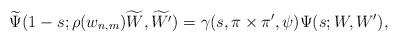
LaTeX: \begin{align*}\widetilde{\Psi}(1-s; \rho(w_{n, m})\widetilde{W}, \widetilde{W^\prime}) = \gamma(s, \pi \times \pi^\prime, \psi) \Psi(s; W, W^\prime),\end{align*}